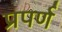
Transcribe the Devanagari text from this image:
प्रपर्ण